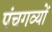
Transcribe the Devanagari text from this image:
पंचगव्यों